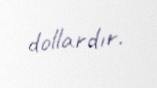
dollardır.